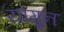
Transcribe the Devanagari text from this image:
योगुन